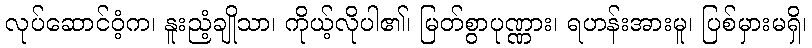
လုပ်ဆောင်ဝံ့က၊ နူးညံ့ချိုသာ၊ ကိုယ့်လိုပါ၏၊ မြတ်စွာပုဏ္ဏား၊ ရဟန်းအားမူ၊ ပြစ်မှားမရှိ၊